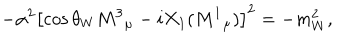
- \alpha ^ { 2 } \left[ \cos \theta _ { W } M ^ { 3 } { } _ { \mu } - i X _ { 1 } ( M ^ { 1 } { } _ { \mu } ) \right] ^ { 2 } = - m _ { W } ^ { 2 } ,